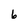
Character: 6